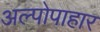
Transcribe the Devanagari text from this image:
अल्पोपाहार